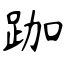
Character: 跏